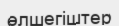
өлшегіштер